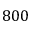
8 0 0